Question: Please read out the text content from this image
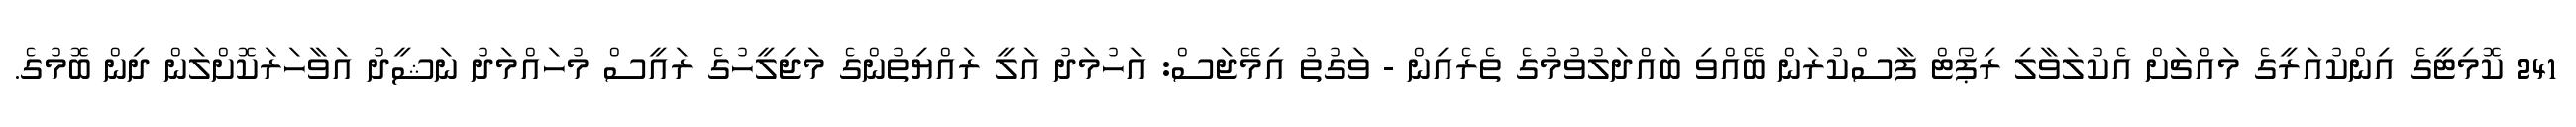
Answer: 241 ކޮމިޓީގެ އިންކުއަރީގެ މައްޗަށް އެކުލަވާލި ރިޕޯޓް ފާސްކުރަން ބޭއްވި ބައްދަލުވުމުގެ ތެރެއިން - ވަގުތު އިމޭޖަސް: އަހުމަދު އަލީ ރައްޔިތުންގެ މަޖިލީހުގެ ރައީސް މުހައްމަދު ނަޝީދު އަވާހަރަކޮށްލަން ދިން ބޮމުގެ.